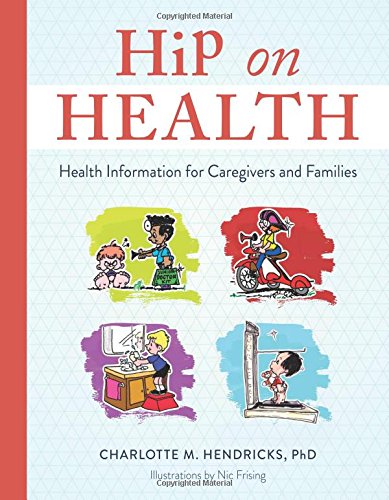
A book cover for Hip on Health: Health Information for Caregivers and Families; Charlotte M. Hendricks; Parenting & Relationships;